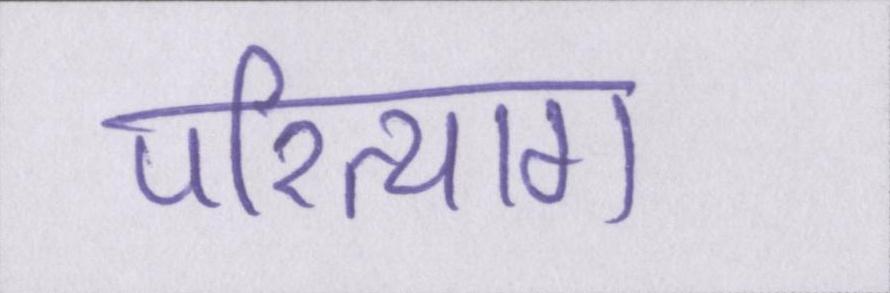
परित्याग